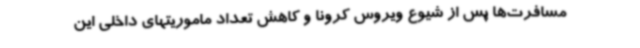
مسافرت‌ها پس از شیوع ویروس کرونا و کاهش تعداد ماموریتهای داخلی این